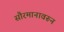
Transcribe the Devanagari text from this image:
सौरमानावरून